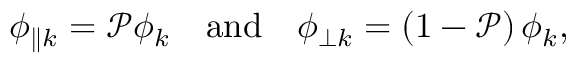
\phi _ { \parallel k } = \mathcal { P } \phi _ { k } \quad \mathrm { a n d } \quad \phi _ { \perp k } = \left( 1 - \mathcal { P } \right) \phi _ { k } ,